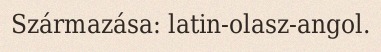
Származása: latin-olasz-angol.